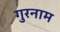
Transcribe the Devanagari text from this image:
गुरनाम